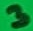
Text: 3